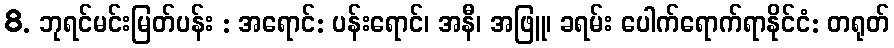
8. ဘုရင်မင်းမြတ်ပန်း : အရောင်: ပန်းရောင်၊ အနီ၊ အဖြူ၊ ခရမ်း ပေါက်ရောက်ရာနိုင်ငံ: တရုတ်